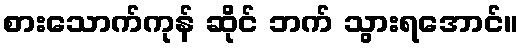
စားသောက်ကုန် ဆိုင် ဘက် သွားရအောင်။